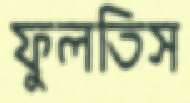
ফুলতিস